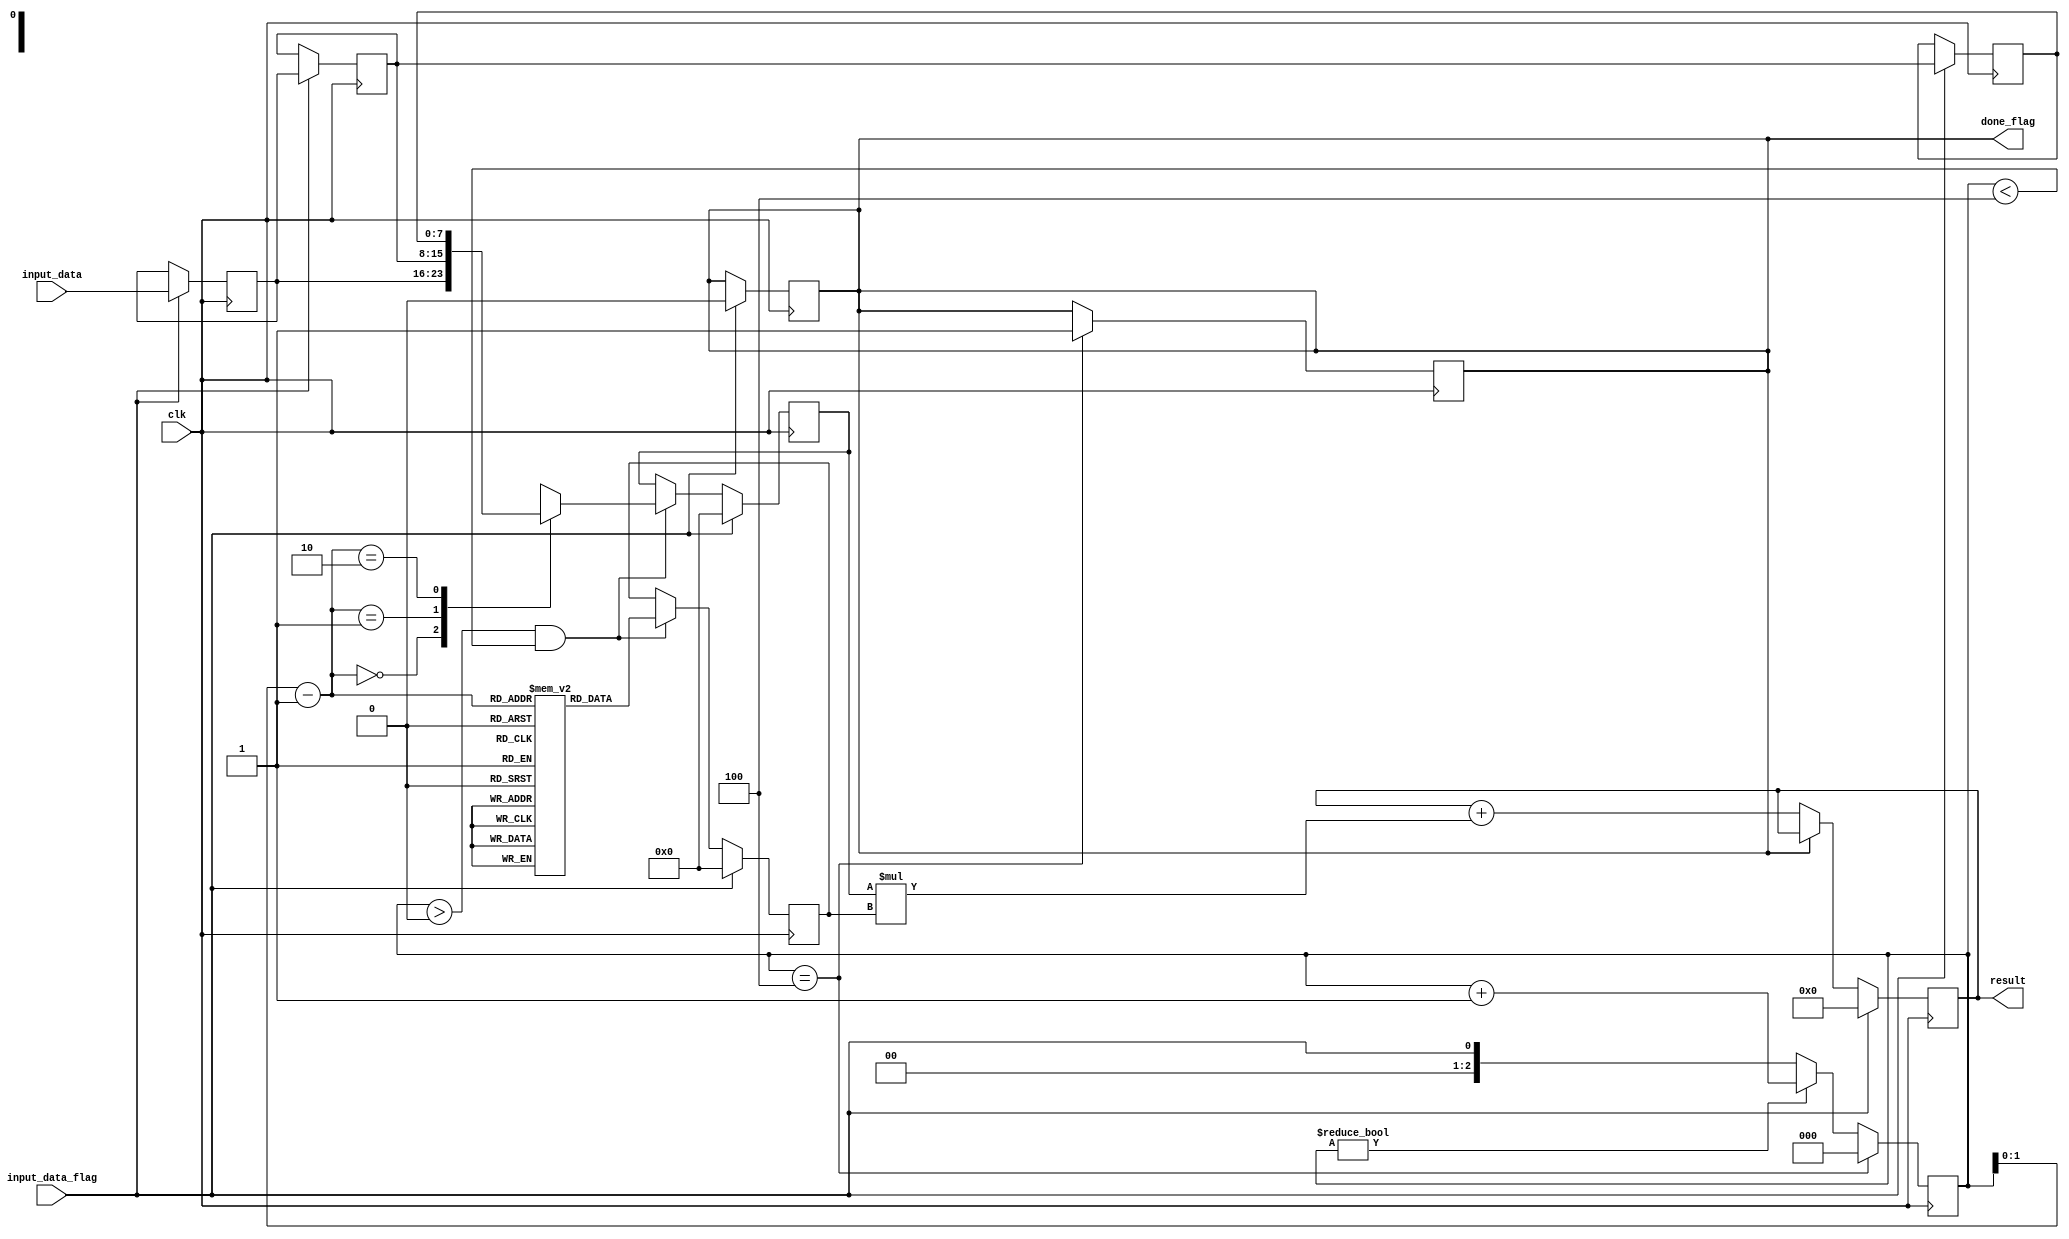
module fir(
    input clk,
    input signed [INPUT_WIDTH-1:0] input_data,
    input input_data_flag,

    output reg done_flag = 1,
    output reg signed [RESULT_WIDTH-1:0]result = 0
);

parameter NUM_OF_TAPS = 3;
parameter INPUT_WIDTH = 8;
parameter COEF_WIDTH = 8;

localparam MULTIPLIED_WIDTH = (INPUT_WIDTH+COEF_WIDTH);
localparam RESULT_WIDTH = (MULTIPLIED_WIDTH+NUM_OF_TAPS-1);

reg signed [INPUT_WIDTH-1:0] data[NUM_OF_TAPS-1:0];
reg signed [COEF_WIDTH-1:0] coefs[NUM_OF_TAPS-1:0];
reg signed [COEF_WIDTH-1:0] curr_coef = 0;
reg signed [INPUT_WIDTH-1:0] curr_data = 0;
wire signed [MULTIPLIED_WIDTH-1:0] mult = curr_data * curr_coef;
reg [$clog2(NUM_OF_TAPS):0] cnt = 0;



integer i;
initial 
begin
    for (i = 0; i < NUM_OF_TAPS; i = i + 1)
        begin
            data[i] = i + 1;
            coefs[i] = (i + 1) * 2;
        end
end


always @(posedge clk)
begin
    if (input_data_flag == 1)
        begin
            done_flag <= 0;
            for (i = NUM_OF_TAPS-1; i >= 0; i = i - 1)
            begin
                if(i != 0)
                    data[i] <= data[i - 1];
                else
                begin
                    data[i] <= input_data;
                end
            end
        end
end


always@(posedge clk)
	begin
        if(cnt != 0)
            cnt <= cnt + 1;
        else
		    cnt <= input_data_flag;
        
        curr_data <= cnt > 0 && cnt < NUM_OF_TAPS+1 ? data[cnt - 1] : curr_data;
        curr_coef <= cnt > 0 && cnt < NUM_OF_TAPS+1 ? coefs[cnt - 1] : curr_coef;

        if(cnt == NUM_OF_TAPS+1)
        begin
            cnt <= 0;        
			done_flag <= 1;
        end

        if(input_data_flag == 1)
            begin
                curr_data <= 0;
                curr_coef <= 0;
            end

	end


always@(posedge clk)
    begin
        if(input_data_flag == 1)
            result <= 0;
        else if (!done_flag)
            result <= result + mult;
    end

endmodule